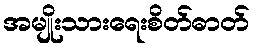
အမျိုးသားရေးစိတ်ဓာတ်